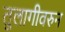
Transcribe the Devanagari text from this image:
तुलागीवरुन